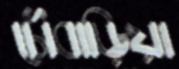
চৌবাড়িয়া